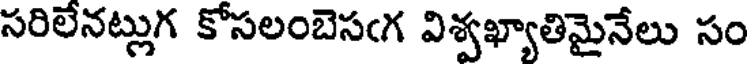
సరిలేనట్లుగ కోసలంబెసఁగ విశ్వఖ్యాతిమైనేలు సం